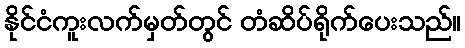
နိုင်ငံကူးလက်မှတ်တွင် တံဆိပ်ရိုက်ပေးသည်။